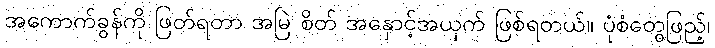
အကောက်ခွန်ကို ဖြတ်ရတာ အမြဲ စိတ် အနှောင့်အယှက် ဖြစ်ရတယ်။ ပုံစံတွေဖြည့်၊